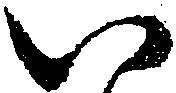
八